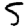
Digit: 5